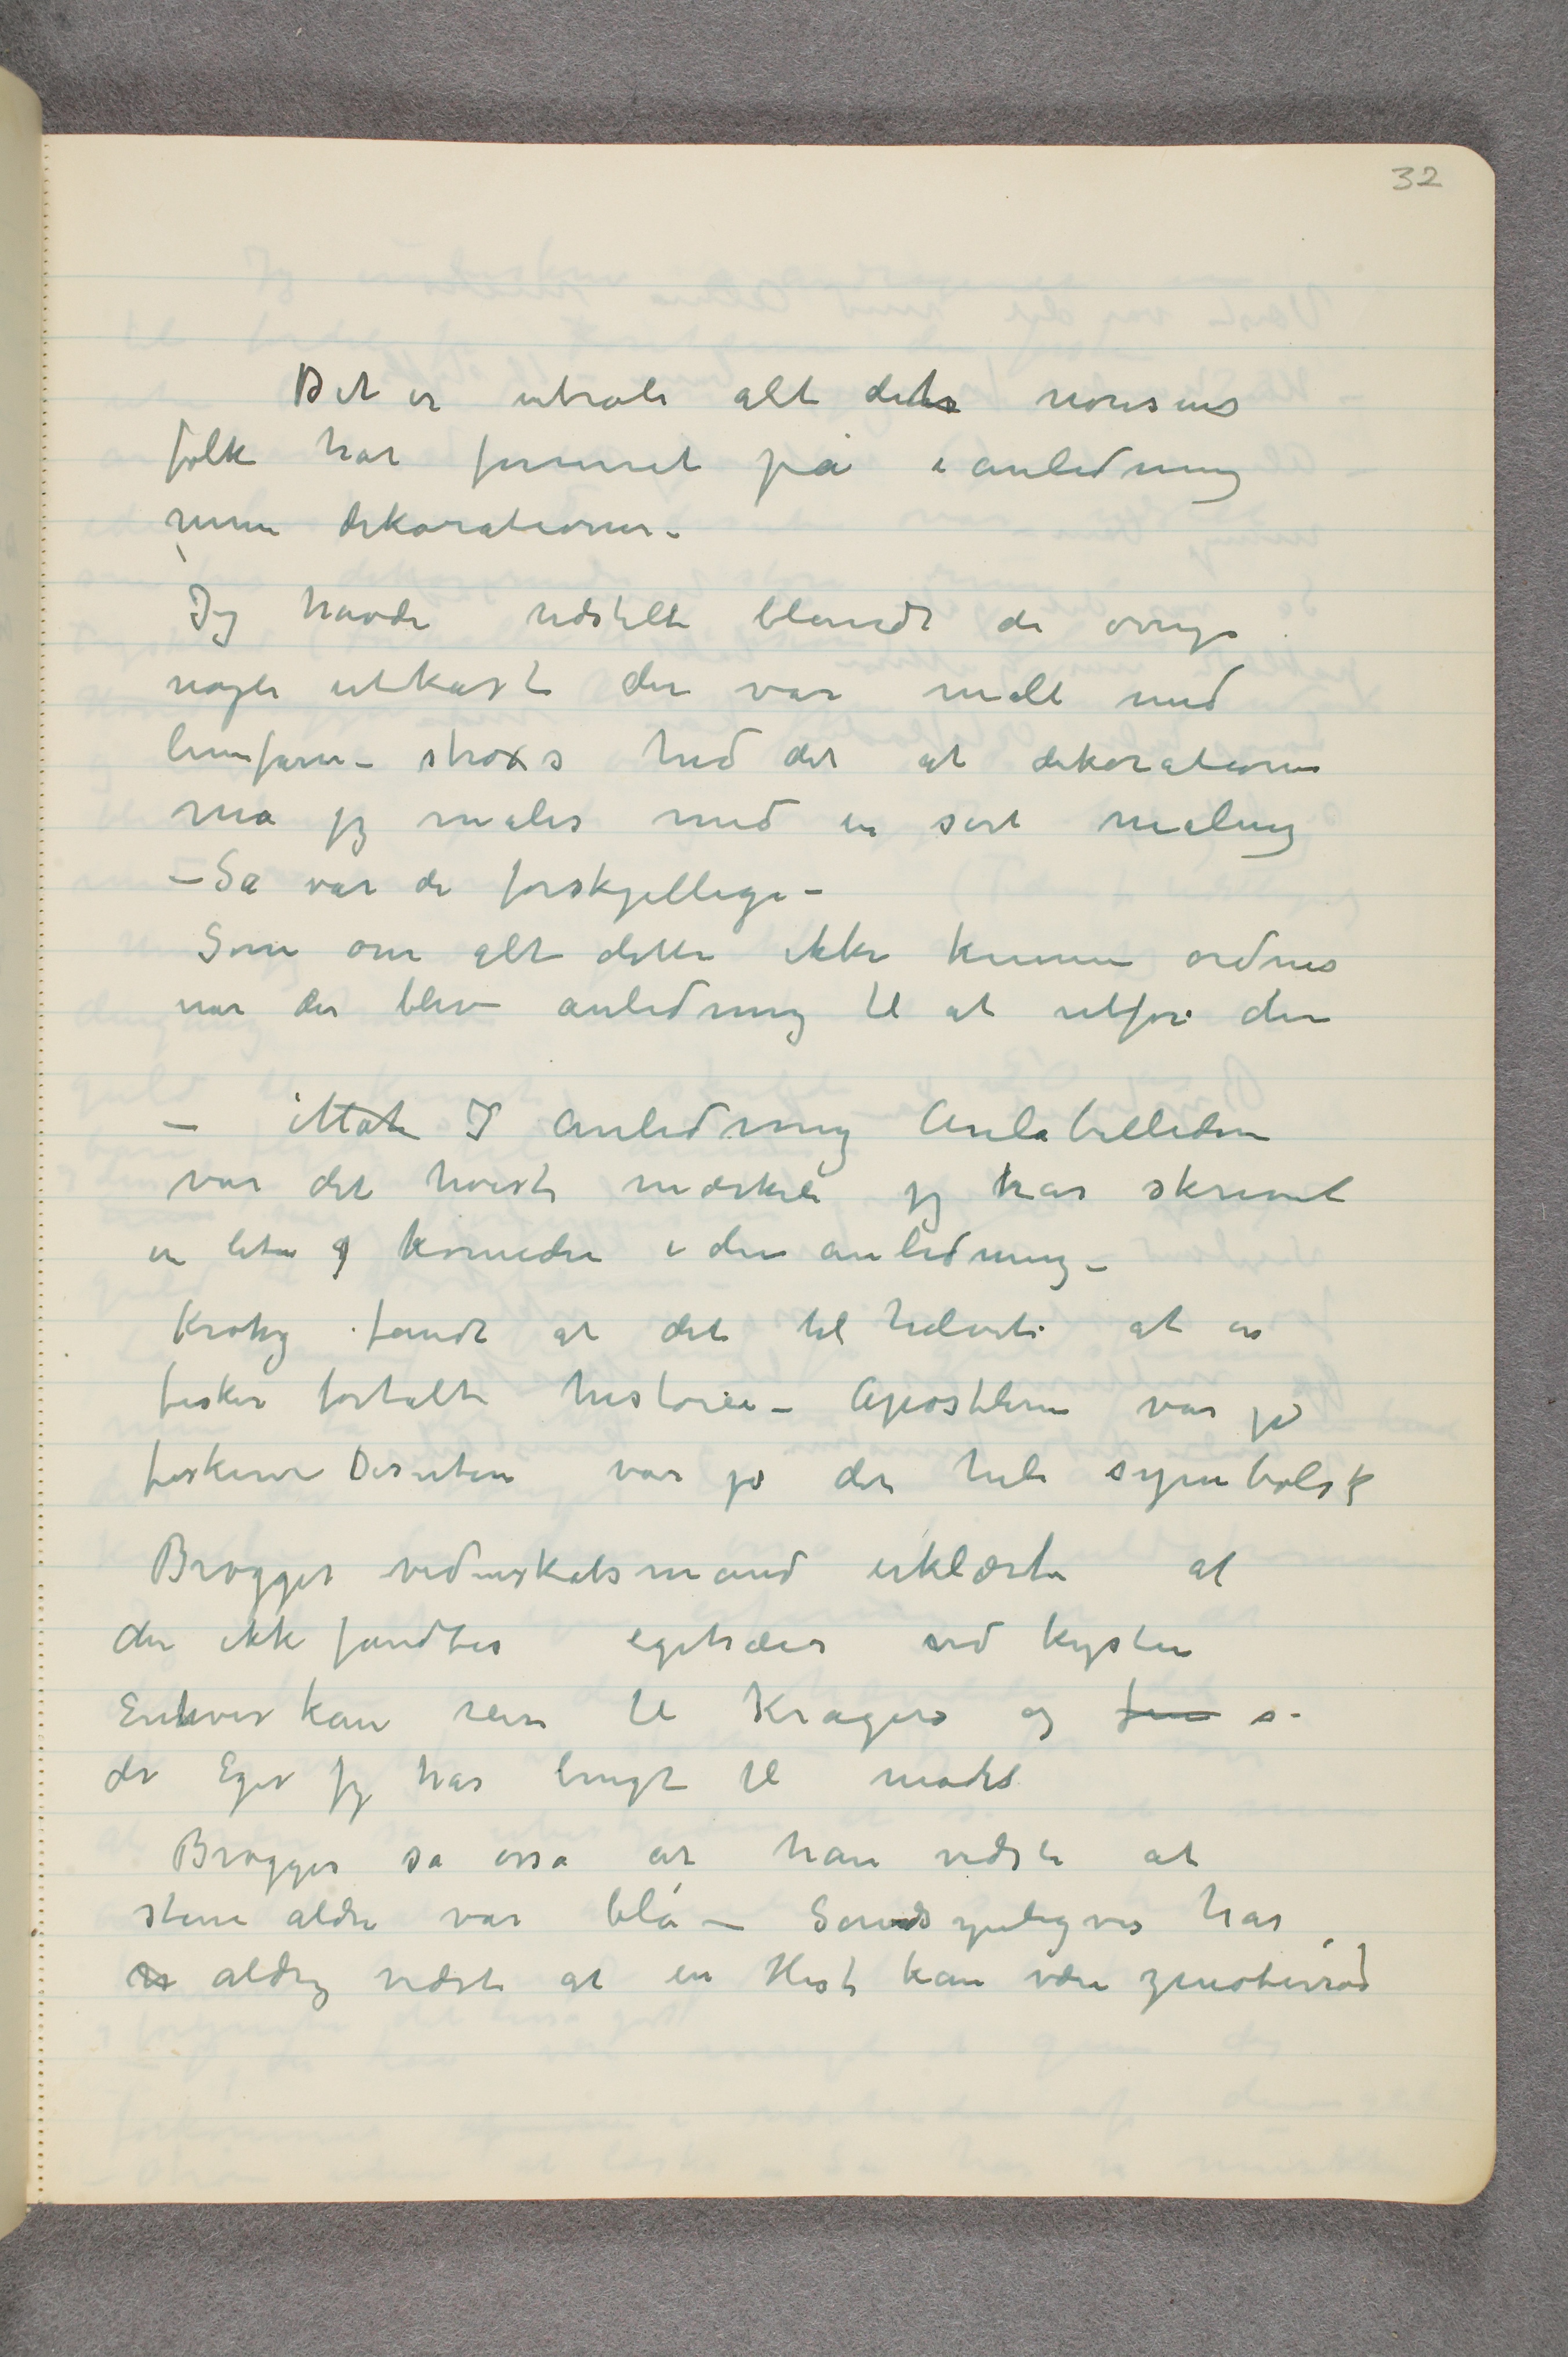
Det er utroli alt det nonsens
folk har funnet på i anledning
mine dekorationer.
Jeg havde udstilt blandt de øvrige
nogle utkast der var malt med
limfarve – straxs hed det at dekorationer
må jeg males med en sort maling
– Så var de forskjellige –
Som om alt dette ikke kunne ordnes
når der blev anledning til at utføre den
– Mat I anledning Aulabillederne
var det hvist mærkelig jeg har skrevet
en liten g komedie i den anledning –
 Krohg fandt at det til helvete at en
fisker fortalte historier – Apostlerne var jo
fiskere      Desuten var jo det hele symbolsk
Brøgger videnskabsmand erklærte at
der ikke fandtes egetræer ved kysten
Enhver kan reise til Kragerø og fin se
de Eger jeg har brugt til model
Brøgger sa osså at han vidste at
sten aldri var blå – Sandsynligvis har
n aldrig vidst at en Hest kan være zinoberrød